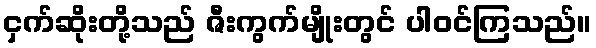
ငှက်ဆိုးတို့သည် ဇီးကွက်မျိုးတွင် ပါဝင်ကြသည်။